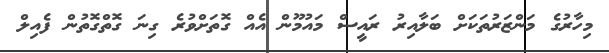
މިހާރުގެ މަންޒަރުތަކަށް ބަލާއިރު ރައީސް މައުމޫން އެއް ގޮތަށްވުރެ ގިނަ ގޮތްގޮތުން ފެއިލް